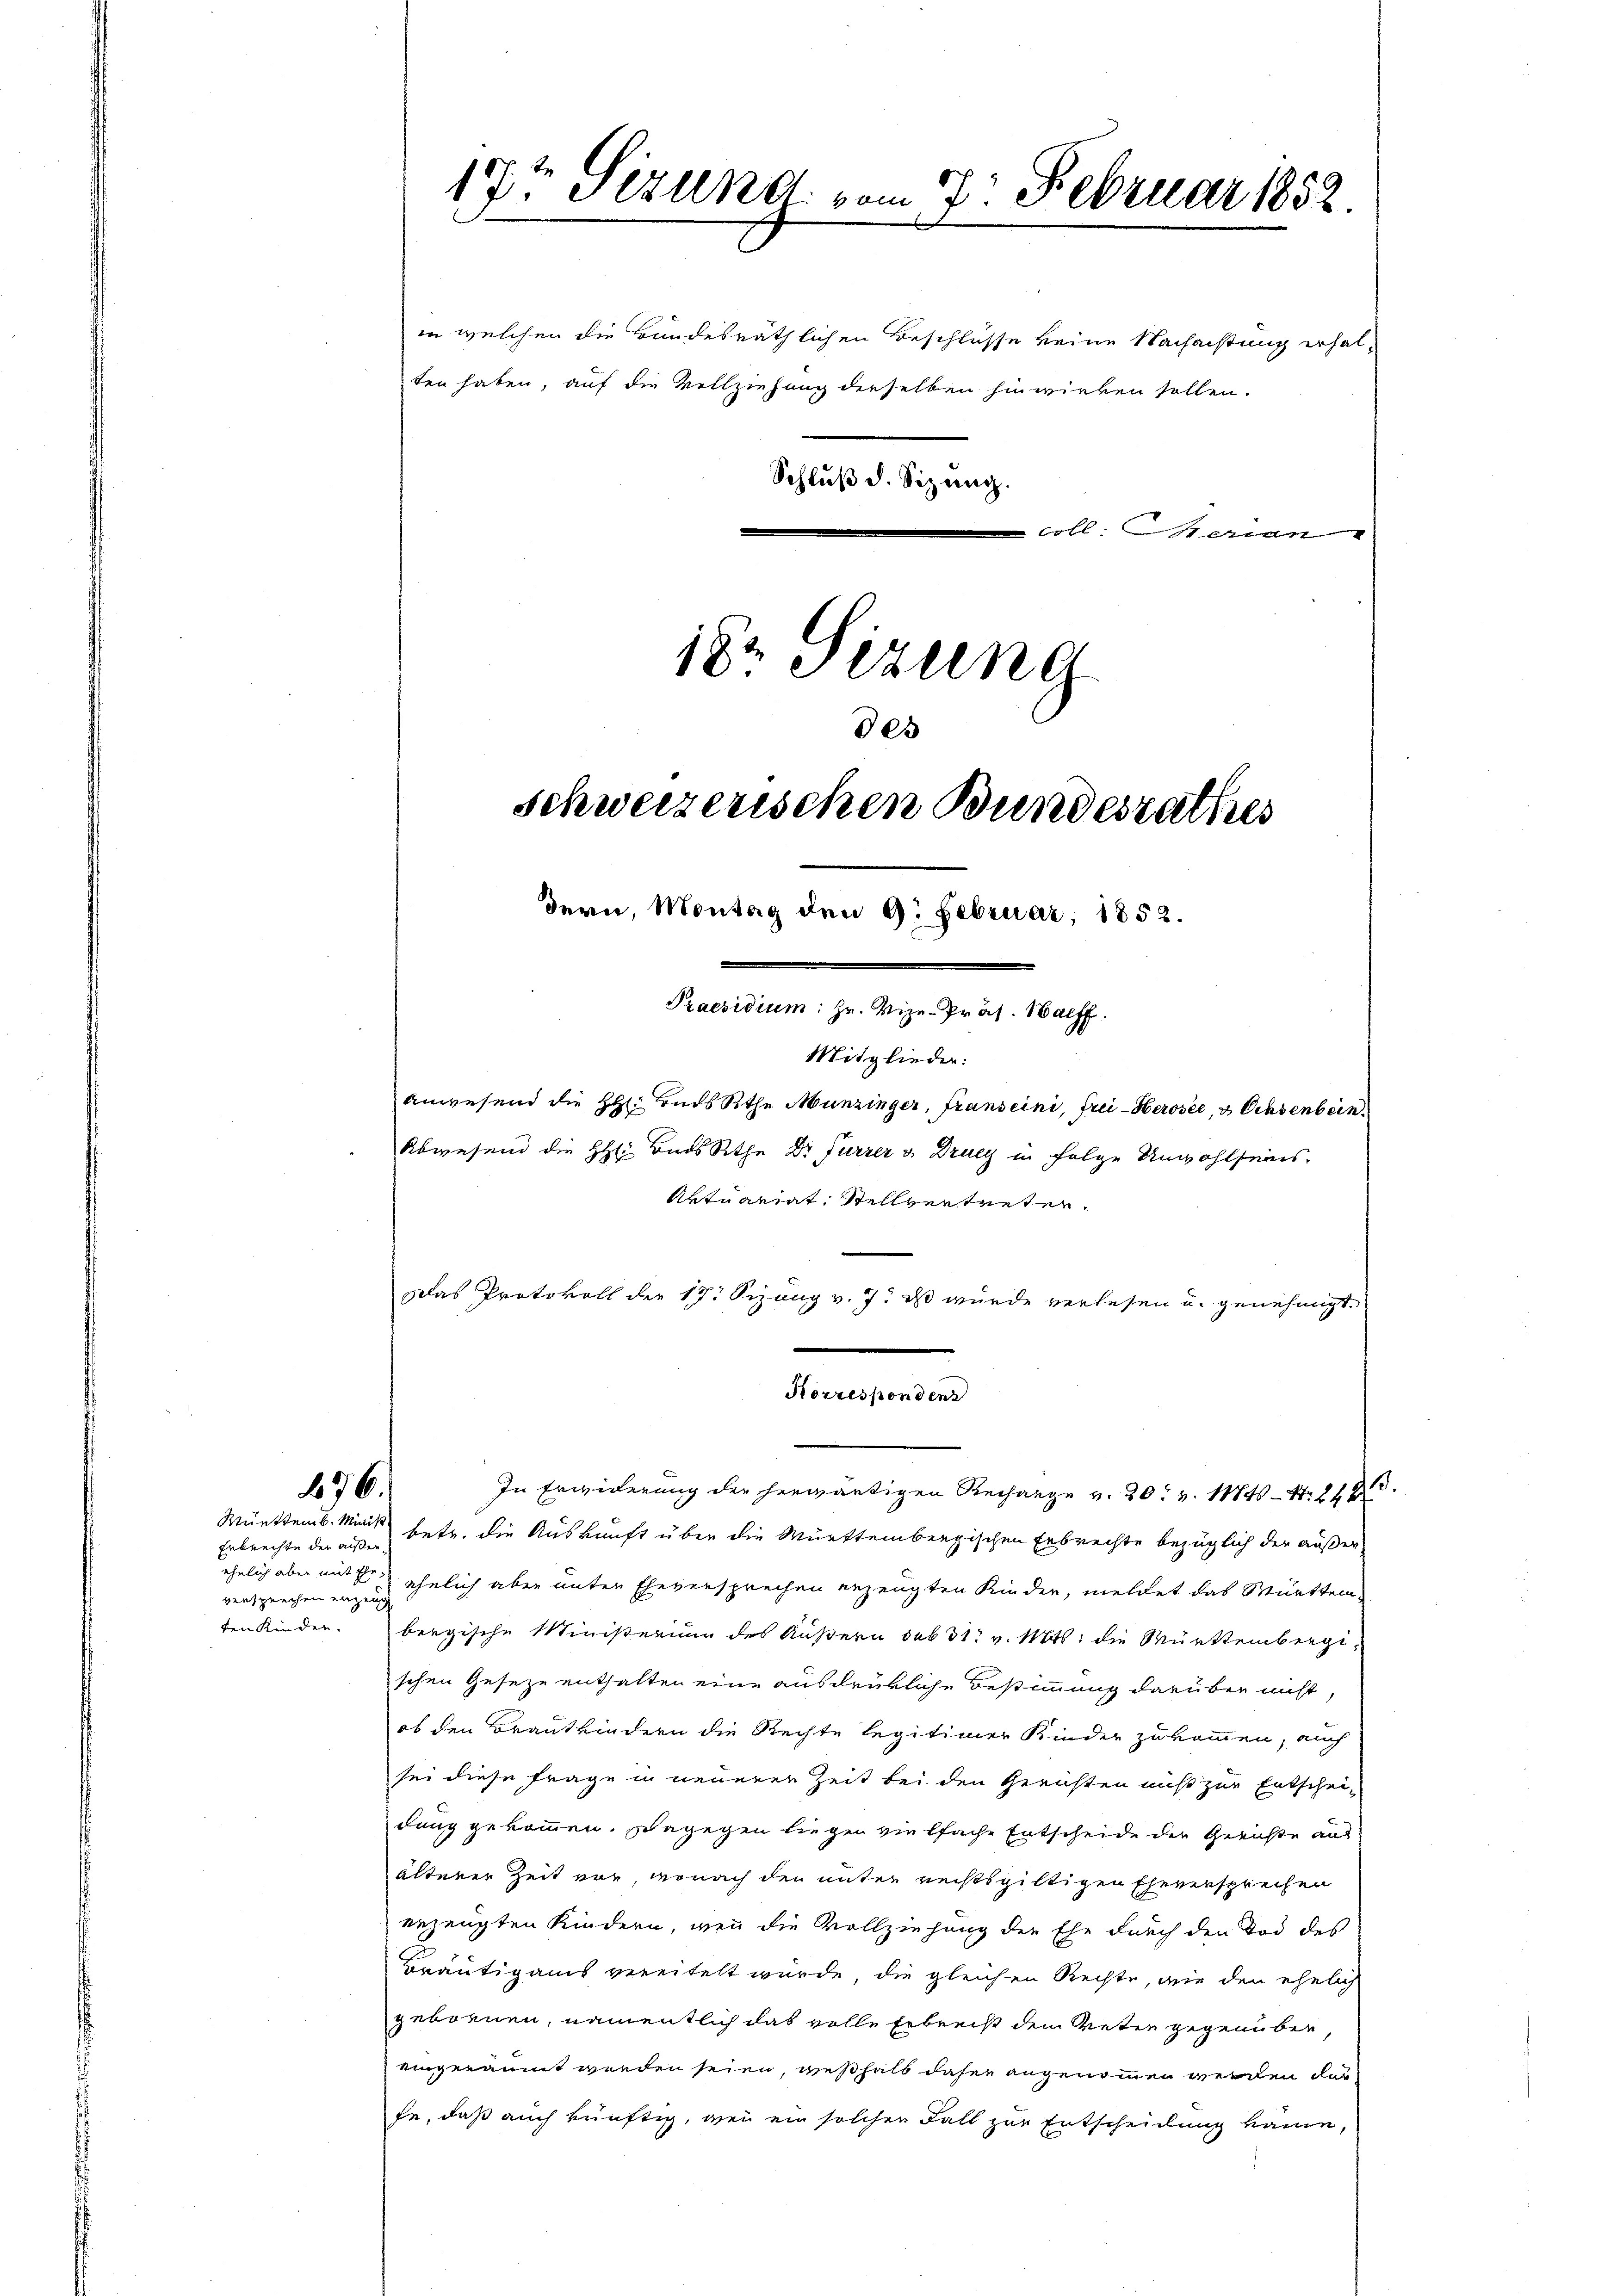
in welchen die Bundesräthlichen Beschlüsse keine Nachachtung erhalcoll. Marian
18. Sizung

476.
Muettemb. Minist

Erbrechte der außer
versprechen erzeug

17t Sizung vom 7. Februar 1852.

ten haben, auf die Vollziehung dieselben hinwirken sollen.
Schlŭβ d. Sizung.

Schweizerischen Bundesrathes
dern, Montag den 9. Februar, 1852.

des

Praesidium: Hr. Vize-Präs. Nachf
Mitglieder:
Anwesend die HH. Ends Rtha Munzinger, Franseini, Frei-Herosée, 3 Ochsenbein.
Abwesend die HH. Bads Rethe Dr Furrer v. Druey in Folge Unwohlseins.
Aktuariat Stellvertreten.
Das Protokoll der 17. Sizung v. 7. ds wurde verlesen u. genehmigt.
Korresponden
In Erwiderung der herwärtigen Rechange v. 20t v. 1848 - 1. 2423.
betr. die Auskunft über die Württembergischen Erbrechte bezüglich der außer
ehelich aber mit der ähnlich aber unter Eheversprechen erzeugten Kinder, meldet das Württemden Kinder. bergische Ministerium des Äußern sub 31. v. Mts. die Württembergischen Geseze enthalten eine ausdrükliche Bestimmung darüber nicht,
ob den Brautkindern die Rechte legitimer Kinder zukommen, auch
sei diese Frage in neuerer Zeit bei den Gerichten nicht zur Entschei-
dung gekommen. Dagegen liegen vielfache Entscheide der Gerichte an
älterer Zeit vor, wonach den unter rechtsgiltigen Eheversprechen
enzeugten Kindern, wenn die Vollziehung der Ehe durch den Tod des
Bräutigams vereitelt wurde, die gleichen Rechte, wie den ehelich
gebornen, namentlich das volle Erbrecht dem Veter gegenüber
eingeräumt worden seien, weßhalb daher angenommen werden das
fe, daß auch künftig, wenn ein solchen Fall zur Entscheidung käme,